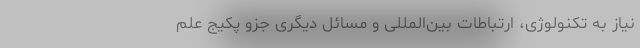
نیاز به تکنولوژی، ارتباطات بین‌المللی و مسائل دیگری جزو پکیج علم